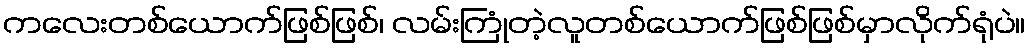
ကလေးတစ်ယောက်ဖြစ်ဖြစ်၊ လမ်းကြုံတဲ့လူတစ်ယောက်ဖြစ်ဖြစ်မှာလိုက်ရုံပဲ။